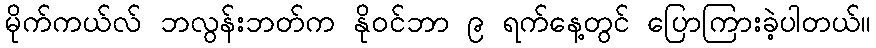
မိုက်ကယ်လ် ဘလွန်းဘတ်က နိုဝင်ဘာ ၉ ရက်နေ့တွင် ပြောကြားခဲ့ပါတယ်။